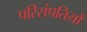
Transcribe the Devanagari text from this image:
परिसंपतियों